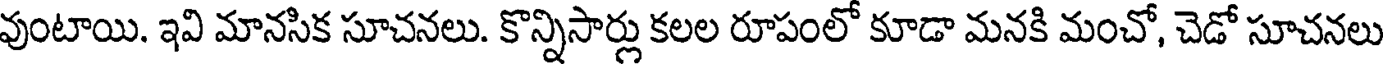
వుంటాయి. ఇవి మానసిక సూచనలు. కొన్నిసార్లు కలల రూపంలో కూడా మనకి మంచో, చెడో సూచనలు